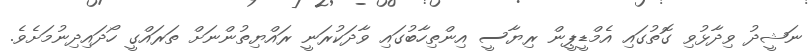
ނަޝީދު ވިދާޅުވި ގޮތުގައި އެމްޑީޕީން ރިޔާސީ އިންތިހާބުގައި ވާދަކުރަނީ ރައްޔިތުންނަށް ތަރައްގީ ހޯދައިދިނުމަށެވެ.